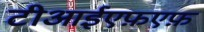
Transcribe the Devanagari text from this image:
टीआईएफ़एफ़